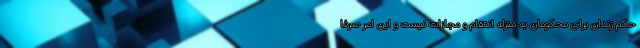
حکم زندان برای محکومان به منزله انتقام و مجازات نیست و این امر صرفا